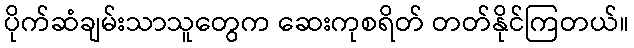
ပိုက်ဆံချမ်းသာသူတွေက ဆေးကုစရိတ် တတ်နိုင်ကြတယ်။